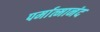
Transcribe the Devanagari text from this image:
पर्मात्मानंद